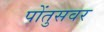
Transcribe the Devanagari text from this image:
पोंतुसवर